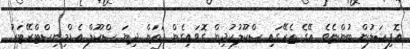
އޮފިޝަލުން ބުންޏެވެ. އޭގެ ތެރޭގައި ސްކޫލުކުދިން ގޮވައިގެން ފަތަން ދިޔަ ސްކޫލް އެޑްމިނިސްޓްރޭޓަރު